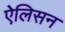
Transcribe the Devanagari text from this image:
ऐलिसन